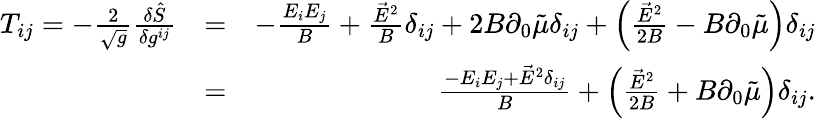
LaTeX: \begin{array}{rlr}{T_{ij}=-\frac{2}{\sqrt{g}}\frac{\delta\hat{S}}{\delta g^{ij}}}&{=}&{-\frac{E_{i}E_{j}}{B}+\frac{\vec{E}^{2}}{B}\delta_{ij}+2B\partial_{0}\tilde{\mu}\delta_{ij}+\left(\frac{\vec{E}^{2}}{2B}-B\partial_{0}\tilde{\mu}\right)\delta_{ij}}\\ &{=}&{\frac{-E_{i}E_{j}+\vec{E}^{2}\delta_{ij}}{B}+\left(\frac{\vec{E}^{2}}{2B}+B\partial_{0}\tilde{\mu}\right)\delta_{ij}.}\end{array}